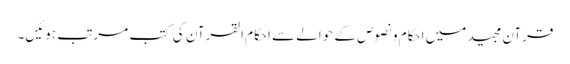
قرآن مجید میں احکام و نصوص کے حوالے سے احکام القرآن کی کتب مرتب ہوئیں۔